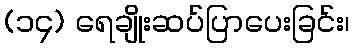
(၁၄) ရေချိုးဆပ်ပြာပေးခြင်း၊